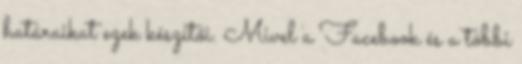
határaikat ezek készítői. Mivel a Facebook és a többi